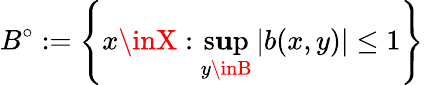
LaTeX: B^{\circ}:=\left\{ x\inX:\operatorname*{s\mathbf{u}p}_{y\inB}\left|b(x,y)\right|\leq1\right\}